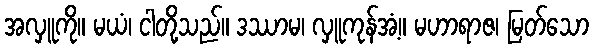
အလှူကို။ မယံ၊ ငါတို့သည်။ ဒဿာမ၊ လှူကုန်အံ့။ မဟာရာဇ၊ မြတ်သော